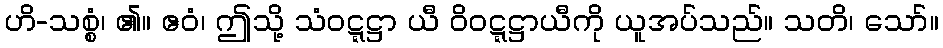
ဟိ-သစ္စံ၊ ၏။ ဧဝံ၊ ဤသို့ သံဝဋ္ဋဋ္ဌာ ယီ ဝိဝဋ္ဋဋ္ဌာယီကို ယူအပ်သည်။ သတိ၊ သော်။